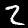
Digit: 2